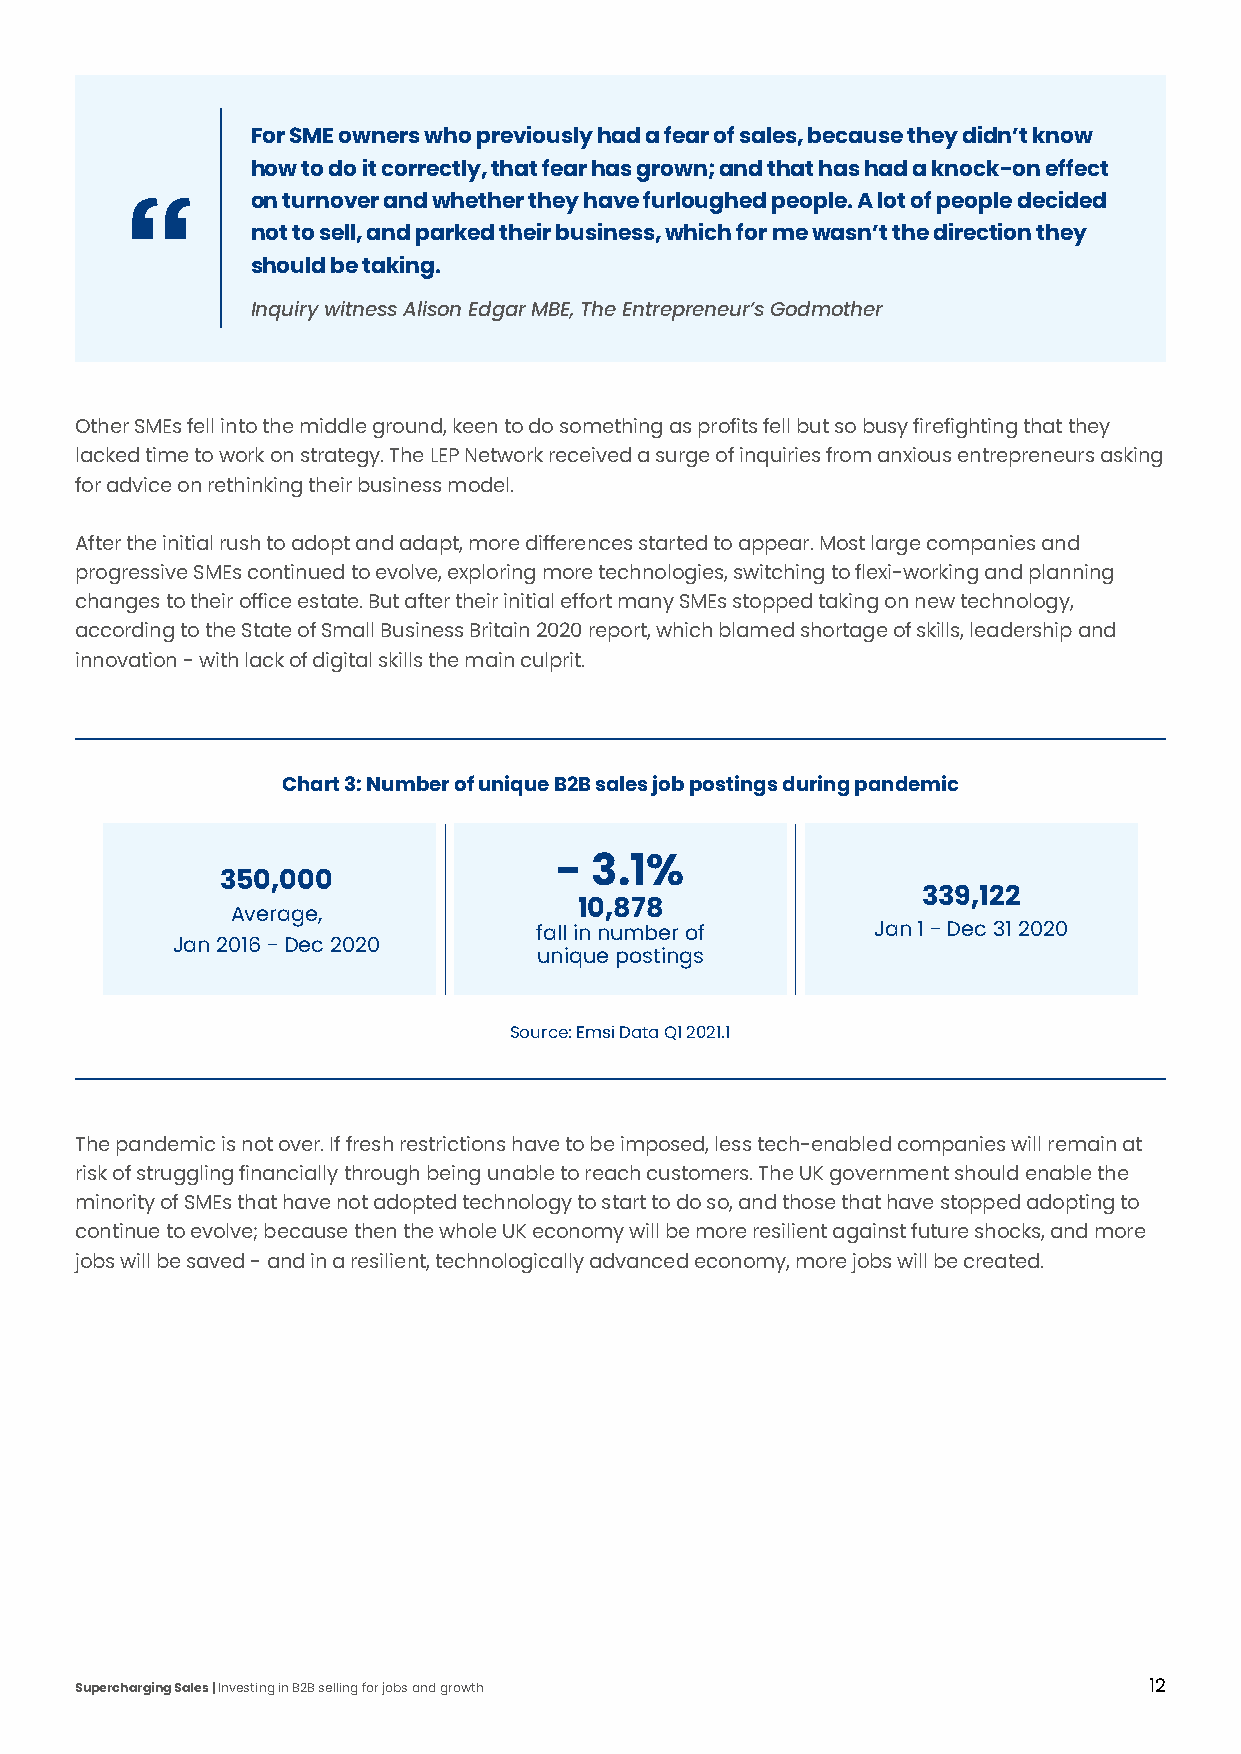
For SME owners who previously had a fear of sales, because they didn’t know
 how to do it correctly, that fear has grown; and that has had a knock-on effect
 on turnover and whether they have furloughed people. A lot of people decided
 not to sell, and parked their business, which for me wasn’t the direction they
 should be taking.
 Inquiry witness Alison Edgar MBE, The Entrepreneur’s Godmother
 Other SMEs fell into the middle ground, keen to do something as profits fell but so busy firefighting that they
 lacked time to work on strategy. The LEP Network received a surge of inquiries from anxious entrepreneurs asking
 for advice on rethinking their business model.
 After the initial rush to adopt and adapt, more differences started to appear. Most large companies and
 progressive SMEs continued to evolve, exploring more technologies, switching to flexi-working and planning
 changes to their office estate. But after their initial effort many SMEs stopped taking on new technology,
 according to the State of Small Business Britain 2020 report, which blamed shortage of skills, leadership and
 innovation - with lack of digital skills the main culprit.
 Chart 3: Number of unique B2B sales job postings during pandemic
 - 3.1%
 350,000
 339,122
 Average,               10,878
 fall in number of      Jan 1 - Dec 31 2020
 Jan 2016 - Dec 2020
 unique postings
 Source: Emsi Data Q1 2021.1
 The pandemic is not over. If fresh restrictions have to be imposed, less tech-enabled companies will remain at
 risk of struggling financially through being unable to reach customers. The UK government should enable the
 minority of SMEs that have not adopted technology to start to do so, and those that have stopped adopting to
 continue to evolve; because then the whole UK economy will be more resilient against future shocks, and more
 jobs will be saved - and in a resilient, technologically advanced economy, more jobs will be created.
 Supercharging Sales | Investing in B2B selling for jobs and growth     12